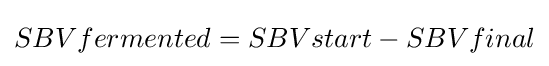
SBVfermented=SBVstart-SBVfinal